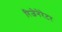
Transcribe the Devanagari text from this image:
रिजेनेरेटर